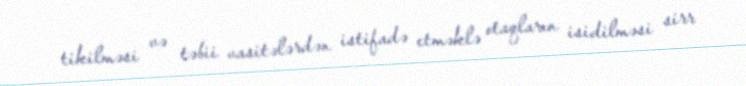
tikilməsi və təbii vasitələrdən istifadə etməklə otaqların isidilməsi sirr